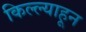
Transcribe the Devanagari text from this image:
किल्ल्याहून